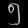
Digit: ၅